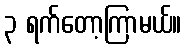
၃ ရက်တော့ကြာမယ်။